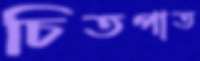
চিতপাত